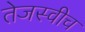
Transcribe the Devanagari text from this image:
तेजस्वीच